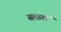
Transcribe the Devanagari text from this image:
सत्तारों